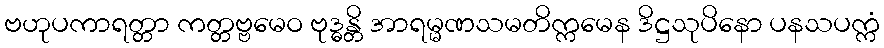
ဗဟုပကာရတ္တာ ကတ္တဗ္ဗမေဝ ဗုဒ္ဓန္တိ အာရမ္မဏသမတိက္ကမေန ဒိဋ္ဌသုပိနော ပနသပက္ကံ